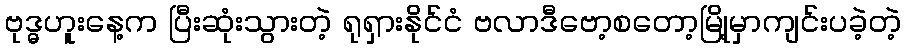
ဗုဒ္ဓဟူးနေ့က ပြီးဆုံးသွားတဲ့ ရုရှားနိုင်ငံ ဗလာဒီဗော့စတော့မြို့မှာကျင်းပခဲ့တဲ့